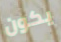
يكون